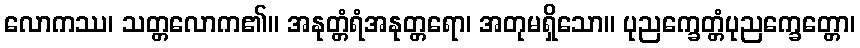
လောကဿ၊ သတ္တလောက၏။ အနုတ္တံရံအနုတ္တရော၊ အတုမရှိသော။ ပုညက္ခေတ္တံပုညက္ခေတ္တော၊